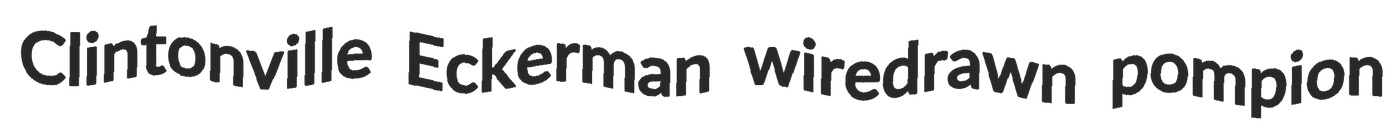
Clintonville Eckerman wiredrawn pompion